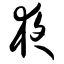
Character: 夜